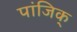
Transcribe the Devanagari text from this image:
पांजिक्